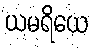
ယမရိယေ